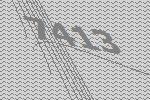
7413